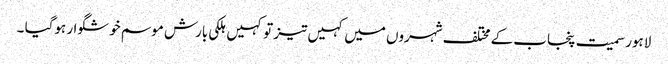
لاہور سمیت پنجاب کے مختلف شہروں میں کہیں تیز تو کہیں ہلکی بارش موسم خوشگوار ہوگیا ۔